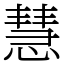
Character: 慧